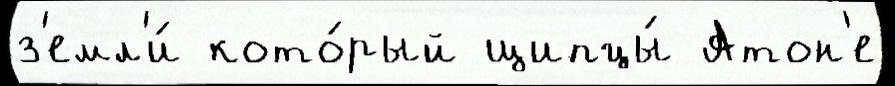
з'емл'и́ кото́рый щипцы́ Атон'е